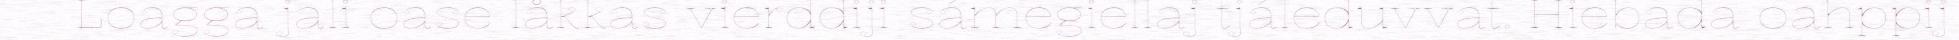
Loagga jali oase låkkas vierddiji sámegiellaj tjáleduvvat. Hiebada oahppij